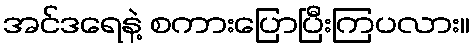
အင်ဒရေနဲ့ စကားပြောပြီးကြပလား။